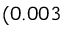
( 0 . 0 0 3 \